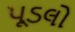
પૂડલો